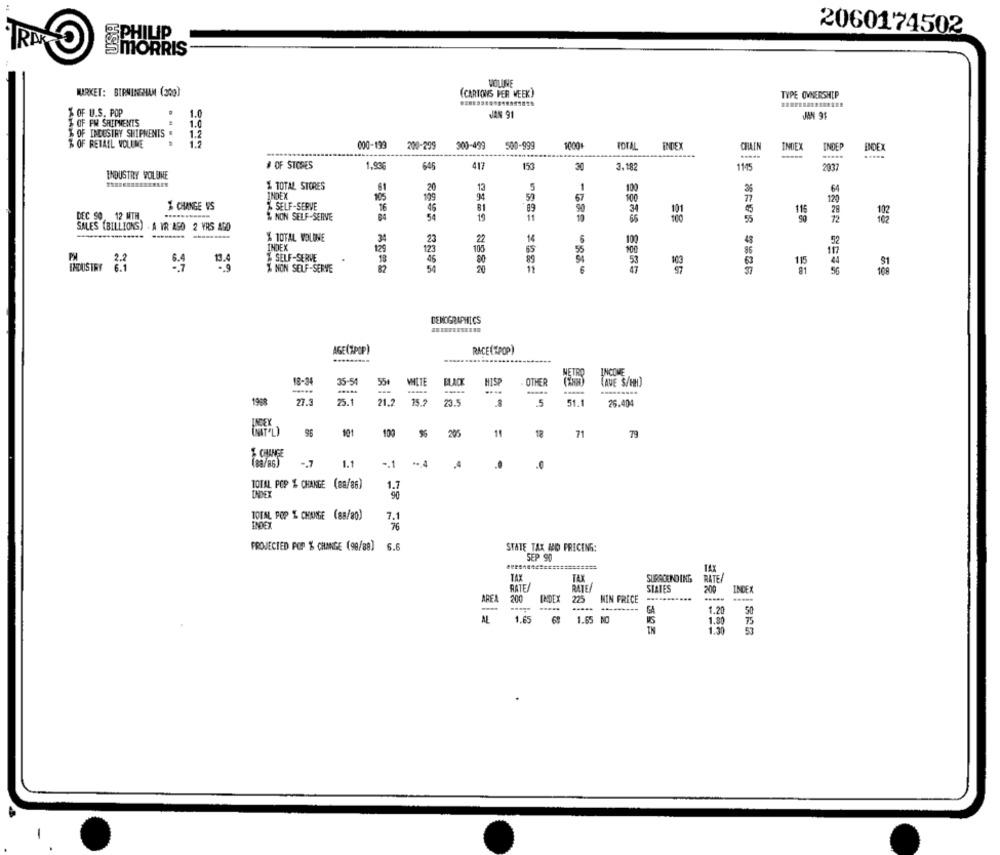
PHILIP
2060174502
TRI
SMORRIS
HEILITE
MARKET: BIRMINGHAM (300)
(CARTONS PER WEEK)
TYPE OWNERSHIP
1.0
OF U.S. POP
JAN 91
JAN 91
OF FM SHIPMENTS
1.0
% OF INDUSTRY SHIPMENTS .
1.2
$ OF RETAIL VOLUME
1.5
000-199
200-299 300-499
500-999
1000+
TOTAL
INDEX
CHAIN
INDEX
INDEP
INDEX
# OF STORES
1,936
645
417
150
30
3.182
1145
2037
INDUSTRY VOLUME
& TOTAL STORES
61
20
13
5
100
64
INDEX
10:
109
50
100
$ CHANGE VS
% SELF-SERVE
120
DEC 50. 12 MTH
46
89
101
115
20
102
% NON SELF-SERVE
54
19
11
66
55
72
SALES (BILLIONS) . A YR AGO 2 YRS AGO
% TOTAL VOLUME
34
23
22
14
4
52
INDEX
129
105
55
SELF-SERVE
13.]
18
53
115
% NON SELF-SERVE
11
47
DEMOGRAPHICS
AGE(%POP)
RACE( POP)
VETRO
INCOME
18-24
35-51
55
MITE
HIS
OTHER
(AVE $/HH)
--...
.....
----
1968
27.3
25.1
21.2
15.2
23.5
5
51.1
26.404
INEY
101
100
295
11
12
71
79
% CHANGE
-. 7
1.1
.. 1
TOTAL POP & CHANGE (88/86)
INDEX
TOTAL POP % CHANGE (88/80)
7.1
INDEX
76
PROJECTED POP % CHANGE (90/88] 6.6
STATE TAX NO PRICING:
SEP 90
TAX
TAX
SURROUND ING
RATE/
RATE
RATE
STATES
200
INDEX
ARFA
200
INDEX
225
MIN FRECE
1.20
50
1.65
1.65 NO
1.80
75
1.30